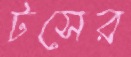
টসের